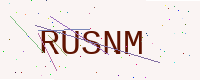
Text: RUSNM